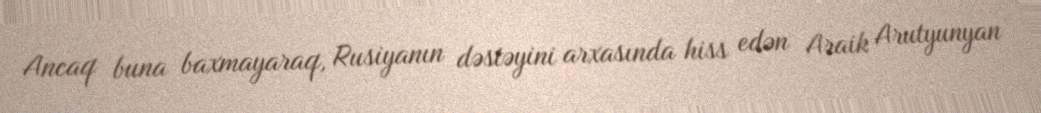
Ancaq buna baxmayaraq, Rusiyanın dəstəyini arxasında hiss edən Araik Arutyunyan